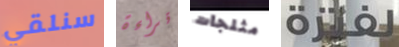
سنلقي قراءة مثلجات لفترة